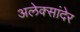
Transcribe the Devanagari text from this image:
अलेक्सांदेर